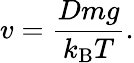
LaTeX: v={\frac{Dmg}{k_{\mathrm{{B}}}T}}.